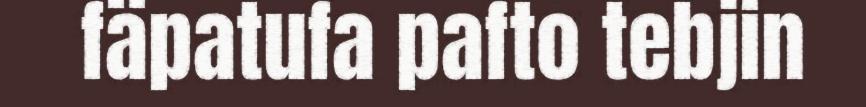
fäpatufa pafto tebjin